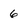
Character: 6